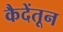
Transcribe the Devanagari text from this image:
कैदेंतून